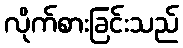
လိုက်စားခြင်းသည်